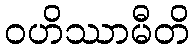
ဝဟိဿာမီတိ